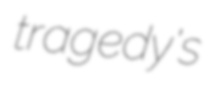
tragedy's